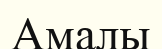
Амалы